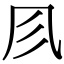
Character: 𠘱